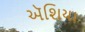
ઍશિયા